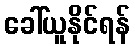
ခေါ်ယူနိုင်ရန်